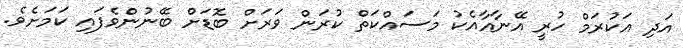
އަދި އަކުރަމް ހުރީ އޭނާއާއެކު މަސައްކަތް ކުރަން ވަރަށް ބޮޑަށް ބޭނުންވެފައި ކަމަށެވެ.